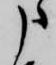
申